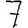
Digit: 7